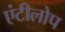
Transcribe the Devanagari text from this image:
एंटीलोप